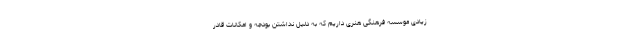
زیادی موسسه فرهنگی هنری داریم که به دلیل نداشتن بودجه و امکانات قادر